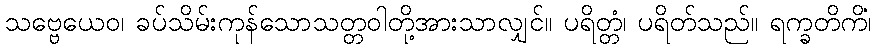
သဗ္ဗေယေဝ၊ ခပ်သိမ်းကုန်သောသတ္တဝါတို့အားသာလျှင်။ ပရိတ္တံ၊ ပရိတ်သည်။ ရက္ခတိကိံ၊